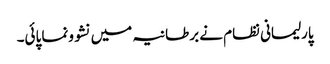
پارلیمانی نظام نے برطانیہ میں نشوونما پائی۔